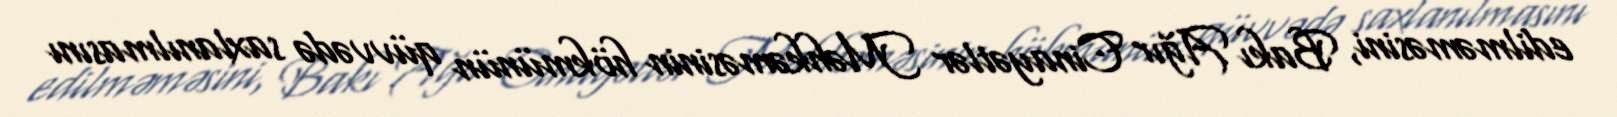
edilməməsini, Bakı Ağır Cinayətlər Məhkəməsinin hökmünün qüvvədə saxlanılmasını